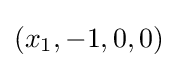
(x_{1},-1,0,0)